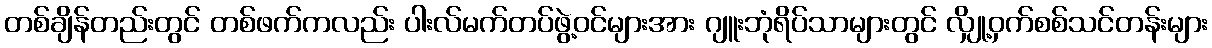
တစ်ချိန်တည်းတွင် တစ်ဖက်ကလည်း ပါးလ်မက်တပ်ဖွဲ့ဝင်များအား ဂျူးဘုံရိပ်သာများတွင် လျှို့ဝှက်စစ်သင်တန်းများ